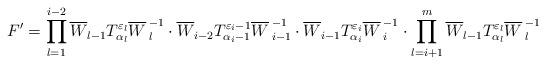
LaTeX: \begin{align*}F'=\prod^{i-2}_{l=1} \overline{W}_{l-1} T^{\varepsilon_l}_{\alpha_l}{\overline{W}\,}^{-1}_l\cdot\overline{W}_{i-2} T^{\varepsilon_i-1}_{\alpha_i-1}{\overline{W}\,}^{-1}_{i-1}\cdot\overline{W}_{i-1} T^{\varepsilon_i}_{\alpha_i}{\overline{W}\,}^{-1}_{i}\cdot\prod^{m}_{l=i+1} \overline{W}_{l-1} T^{\varepsilon_l}_{\alpha_l}{\overline{W}\,}^{-1}_l\end{align*}